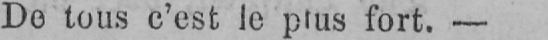
De tous c’est le plus fort. -